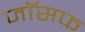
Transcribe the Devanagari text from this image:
जाॅसफ